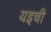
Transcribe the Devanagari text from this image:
यइची